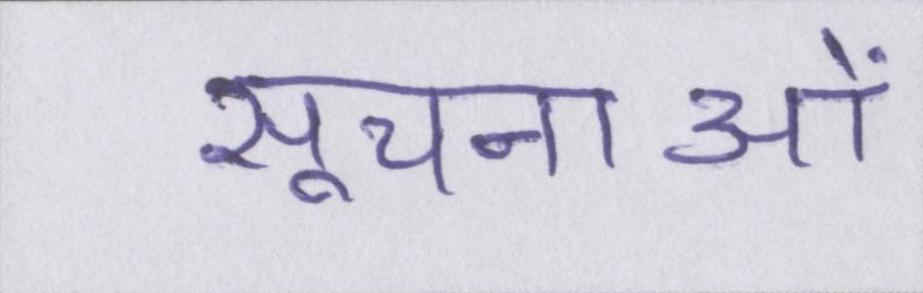
सूचनाओं